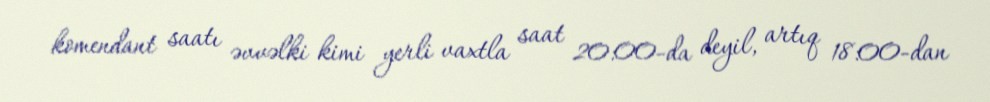
komendant saatı əvvəlki kimi yerli vaxtla saat 20:00-da deyil, artıq 18:00-dan